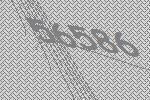
56586